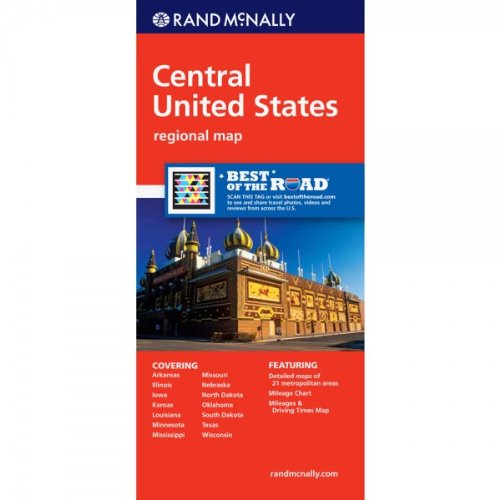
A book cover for Rand McNally Central United States: Regional Map; Rand McNally; Travel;